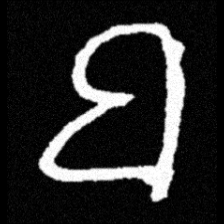
Pyu character \u2014 Myanmar letter: ဗ (romanized: ba)